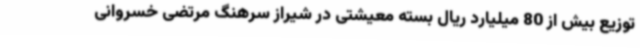
توزیع بیش از 80 میلیارد ریال بسته معیشتی در شیراز سرهنگ مرتضی خسروانی